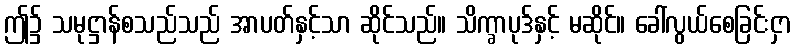
ဤ၌ သမုဋ္ဌာန်စသည်သည် အာပတ်နှင့်သာ ဆိုင်သည်။ သိက္ခာပုဒ်နှင့် မဆိုင်။ ခေါ်လွယ်စေခြင်းငှာ